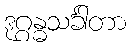
ဒုဂ္ဂန္ဓသင်္ခါတာ